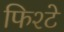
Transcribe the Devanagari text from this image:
फिश्टे